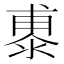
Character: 鿿